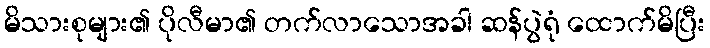
မိသားစုများ၏ ပိုလီမာ၏ တက်လာသောအခါ ဆန်ပွဲရုံ ထောက်မိပြီး